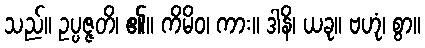
သည်။ ဥပ္ပဇ္ဇတိ၊ ၏။ ကိမိဝ၊ ကား။ ဒါနိ၊ ယခု။ ဗဟုံ၊ စွာ။